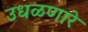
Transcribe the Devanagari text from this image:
उधळणारे